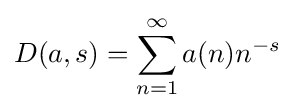
D(a,s)=\sum _{n=1}^{\infty }a(n)n^{-s}\